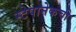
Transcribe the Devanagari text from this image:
स्टेपानेकची